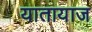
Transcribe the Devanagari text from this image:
यातायाज